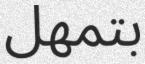
بتمھل